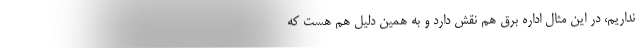
نداریم، در این مثال اداره برق هم نقش دارد و به همین دلیل هم هست که